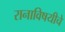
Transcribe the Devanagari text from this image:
रानाविषयीचे